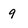
Character: 9